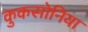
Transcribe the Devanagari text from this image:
कुकसोनिया